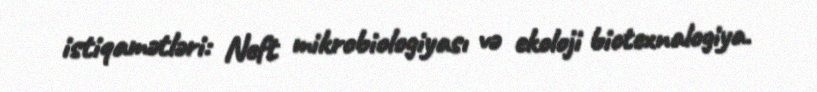
istiqamətləri: Neft mikrobiologiyası və ekoloji biotexnalogiya.